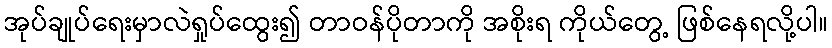
အုပ်ချုပ်ရေးမှာလဲရှုပ်ထွေး၍ တာဝန်ပိုတာကို အစိုးရ ကိုယ်တွေ့ ဖြစ်နေရလို့ပါ။